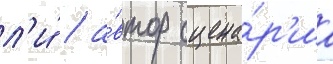
л'и́ / а́втор сцена́р'иа